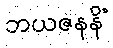
ဘယဇနနိံ